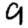
Digit: 9